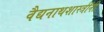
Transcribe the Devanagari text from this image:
वैद्यनाथशास्त्रींनी